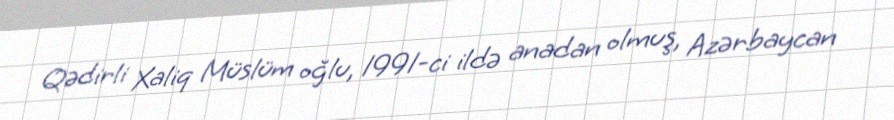
Qədirli Xaliq Müslüm oğlu, 1991-ci ildə anadan olmuş, Azərbaycan